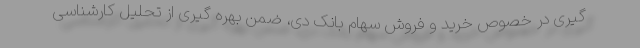
گیری در خصوص خرید و فروش سهام بانک دی، ضمن بهره گیری از تحلیل کارشناسی